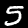
Label: 5